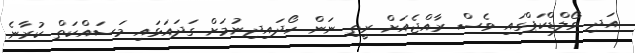
އަދި ވޯލްޑްކަޕްގައި ވެސް ރާއްޖެއަށް ރީތި ނަން ހޯދައިދިނުމަށް ގަދައަޅައި މަސައްކަތް ކުރާނެ